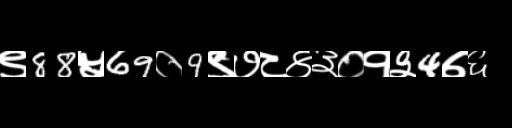
Text: ९88५69०9९७८४३०१३4७६